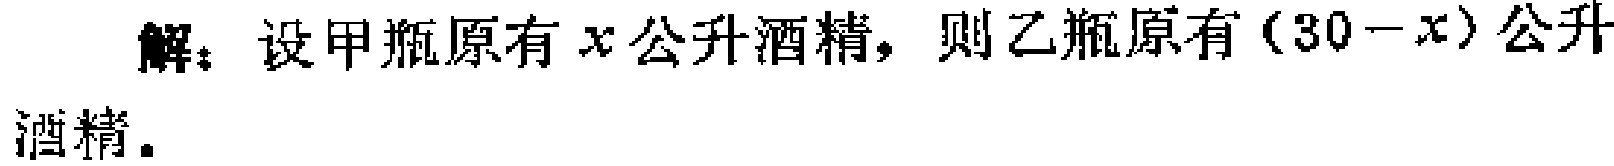
解：设甲瓶原有\(x\)公升酒精，则乙瓶原有\((30 - x)\)公升酒精。